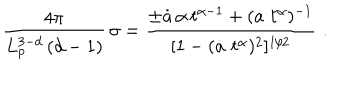
LaTeX: \frac { 4 \pi } { L _ { p } ^ { 3 - d } \, ( d - 1 ) } \, \sigma = \frac { \pm \dot { a } \, \alpha \, t ^ { \alpha - 1 } + ( a \, \, t ^ { \alpha } ) ^ { - 1 } } { [ 1 - ( \dot { a } \, \, t ^ { \alpha } ) ^ { 2 } ] ^ { 1 / 2 } } \, \, .